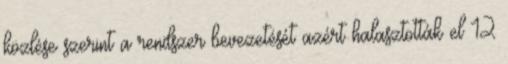
közlése szerint a rendszer bevezetését azért halasztották el 12